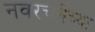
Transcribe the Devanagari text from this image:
नवरचनेच्या